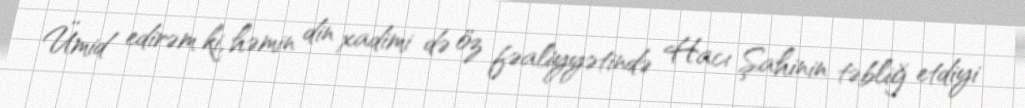
Ümid edirəm ki, həmin din xadimi də öz fəaliyyətində Hacı Şahinin təbliğ etdiyi